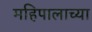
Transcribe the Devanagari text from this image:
महिपालाच्या